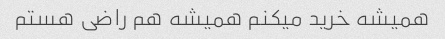
همیشه خرید میکنم همیشه هم راضی هستم